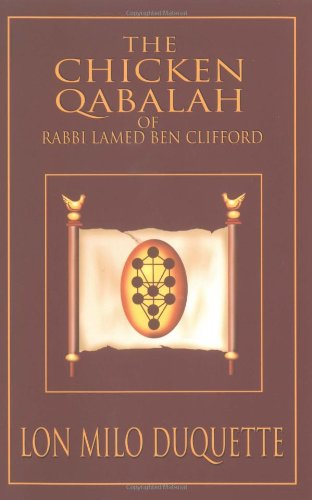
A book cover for The Chicken Qabalah of Rabbi Lamed Ben Clifford: Dilettante's Guide to What You Do and Do Not Need to Know to Become a Qabalist; Lon Milo Duquette; Religion & Spirituality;